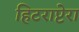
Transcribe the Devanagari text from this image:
हिटराप्टेरा